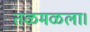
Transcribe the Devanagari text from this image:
तळमळला।